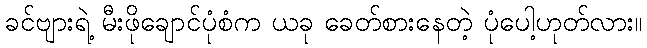
ခင်ဗျားရဲ့ မီးဖိုချောင်ပုံစံက ယခု ခေတ်စားနေတဲ့ ပုံပေါ့ဟုတ်လား။